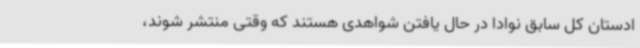
ادستان کل سابق نوادا در حال یافتن شواهدی هستند که وقتی منتشر شوند،